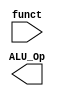
`timescale 1ns / 1ps
//////////////////////////////////////////////////////////////////////////////////
// Company: 
// Engineer: 
// 
// Design Name: 
// Module Name: ALUControl
// Project Name: 
// Target Devices: 
// Tool Versions: 
// Description: 
// 
// Dependencies: 
// 
// Revision:
// Revision 0.01 - File Created
// Additional Comments:
// 
//////////////////////////////////////////////////////////////////////////////////


module ALUControl(
    input [5:0] funct,
    output reg [3:0] ALU_Op
    );
always @(funct)begin
    

end
endmodule